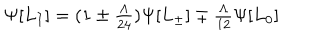
\Psi [ L _ { I } ] = ( 1 \pm { \textstyle { \frac { \Lambda } { 2 4 } } } ) \Psi [ L _ { \pm } ] \mp { \textstyle { \frac { \Lambda } { 1 2 } } } \Psi [ L _ { 0 } ]